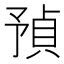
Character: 𧶃